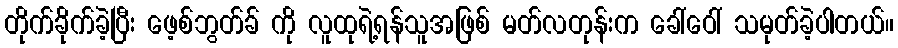
တိုက်ခိုက်ခဲ့ပြီး ဖေ့စ်ဘွတ်ခ် ကို လူထုရဲ့ရန်သူအဖြစ် မတ်လတုန်းက ခေါ်ဝေါ် သမုတ်ခဲ့ပါတယ်။